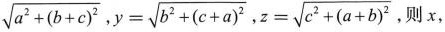
$$\sqrt{a^{2}+(b+c)^{2}}$$,$$y= \sqrt{b^{2}+(c+a)^{2}}$$，$$z= \sqrt{c^{2}+(a+b)^{2}}$$ ,则x，